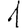
Digit: 1